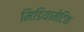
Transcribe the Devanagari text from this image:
मिडियामेटिक